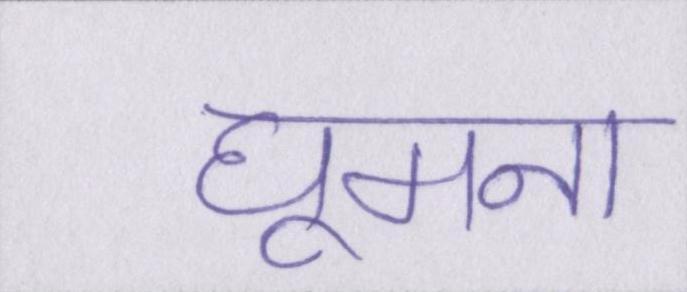
घूमना